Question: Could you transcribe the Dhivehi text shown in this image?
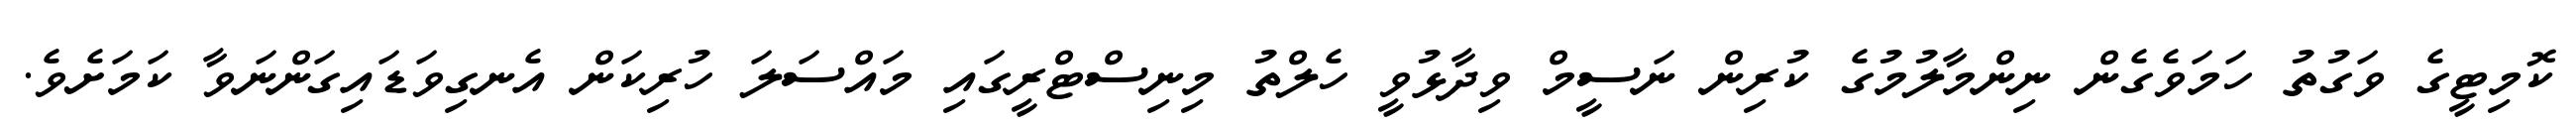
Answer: ކޮމިޓީގެ ވަގުތު ހަމަވެގެން ނިންމާލުމުގެ ކުރިން ނަސީމް ވިދާޅުވީ ހެލްތު މިނިސްޓްރީގައި މައްސަލަ ހުރިކަން އެނގިވަޑައިގަންނަވާ ކަމަށެވެ.